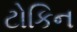
ટોકિન